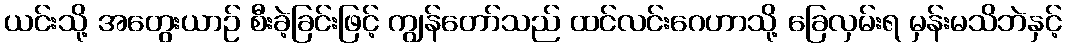
ယင်းသို့ အတွေးယာဉ် စီးခဲ့ခြင်းဖြင့် ကျွန်တော်သည် ထင်လင်းဂေဟာသို့ ခြေလှမ်းရ မှန်းမသိဘဲနှင့်